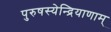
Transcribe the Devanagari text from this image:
पुरुषस्येन्द्रियाणाम्